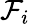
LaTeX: \mathcal{F}_{i}